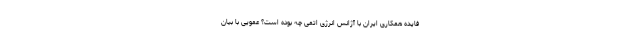
فایده همکاری ایران با آژانس انرژی اتمی چه بوده است؟ عمویی با بیان